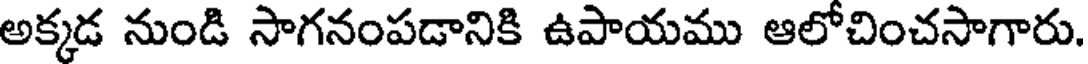
అక్కడ నుండి సాగనంపడానికి ఉపాయము ఆలోచించసాగారు